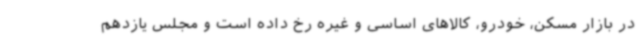
در بازار مسکن، خودرو، کالاهای اساسی و غیره رخ داده است و مجلس یازدهم